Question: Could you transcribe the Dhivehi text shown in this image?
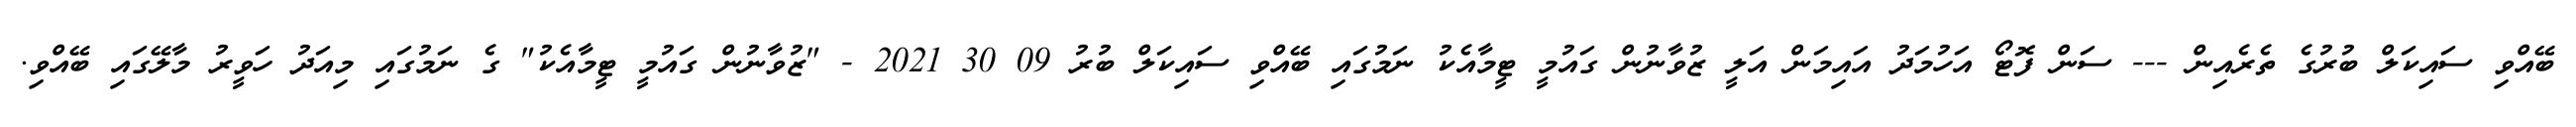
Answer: ބޭއްވި ސައިކަލް ބުރުގެ ތެރެއިން --- ސަން ފޮޓޯ އަހުމަދު އައިމަން އަލީ ޒުވާނުން ގައުމީ ޓީމާއެކު ނަމުގައި ބޭއްވި ސައިކަލް ބުރު 09 30 2021 - "ޒުވާނުން ގައުމީ ޓީމާއެކު" ގެ ނަމުގައި މިއަދު ހަވީރު މާލޭގައި ބޭއްވި.